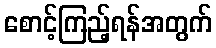
စောင့်ကြည့်ရန်အတွက်